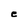
Character: e